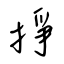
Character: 掙